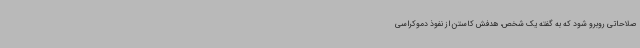
صلاحاتی روبرو شود که به گفته یک شخص، هدفش کاستن از نفوذ دموکراسی‌